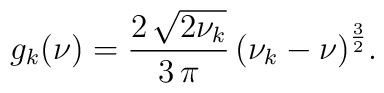
g_k(\nu)=\frac{2\,{\sqrt{2\nu_k }}}{3\,\pi }\,     {\left( \nu_k  - \nu  \right) }^{\frac{3}{2}}.